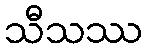
သီသဿ